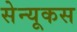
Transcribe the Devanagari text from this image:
सेन्यूकस